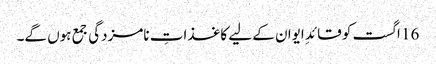
16 اگست کو قائدِ ایوان کے لیے کاغذاتِ نامزدگی جمع ہوں گے۔